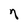
Character: n